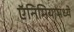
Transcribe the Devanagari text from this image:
ऍनिमियामध्ये